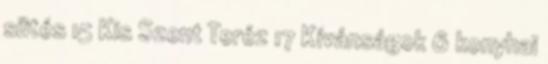
sütés 15 Kis Szent Teréz 17 Kívánságok 6 konyhai